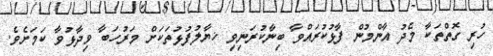
ހުރި ގޮތްތަކާ މެދު އާންމުން ފާޅުކުރައްވާ ބިނާކުރަނިވިި ޚޔާލުފުޅުތަކަށް މަރުހަބާ ވިދާޅުވާ ކަމަށެވެ.